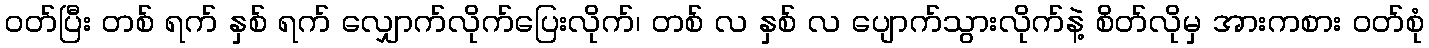
ဝတ်ပြီး တစ် ရက် နှစ် ရက် လျှောက်လိုက်ပြေးလိုက်၊ တစ် လ နှစ် လ ပျောက်သွားလိုက်နဲ့ စိတ်လိုမှ အားကစား ဝတ်စုံ